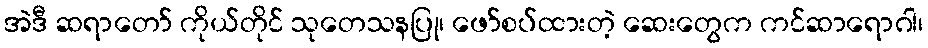
အဲဒီ ဆရာတော် ကိုယ်တိုင် သုတေသနပြု၊ ဖော်စပ်ထားတဲ့ ဆေးတွေက ကင်ဆာရောဂါ၊